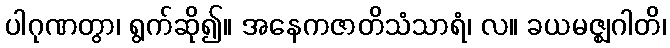
ပါဂုဏတွာ၊ ရွက်ဆို၍။ အနေကဇာတိသံသာရံ၊ လ။ ခယမဇ္ဈဂါတိ၊